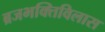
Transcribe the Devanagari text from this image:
ब्रजभक्तिविलास